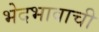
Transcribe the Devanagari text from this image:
भेदभावाची